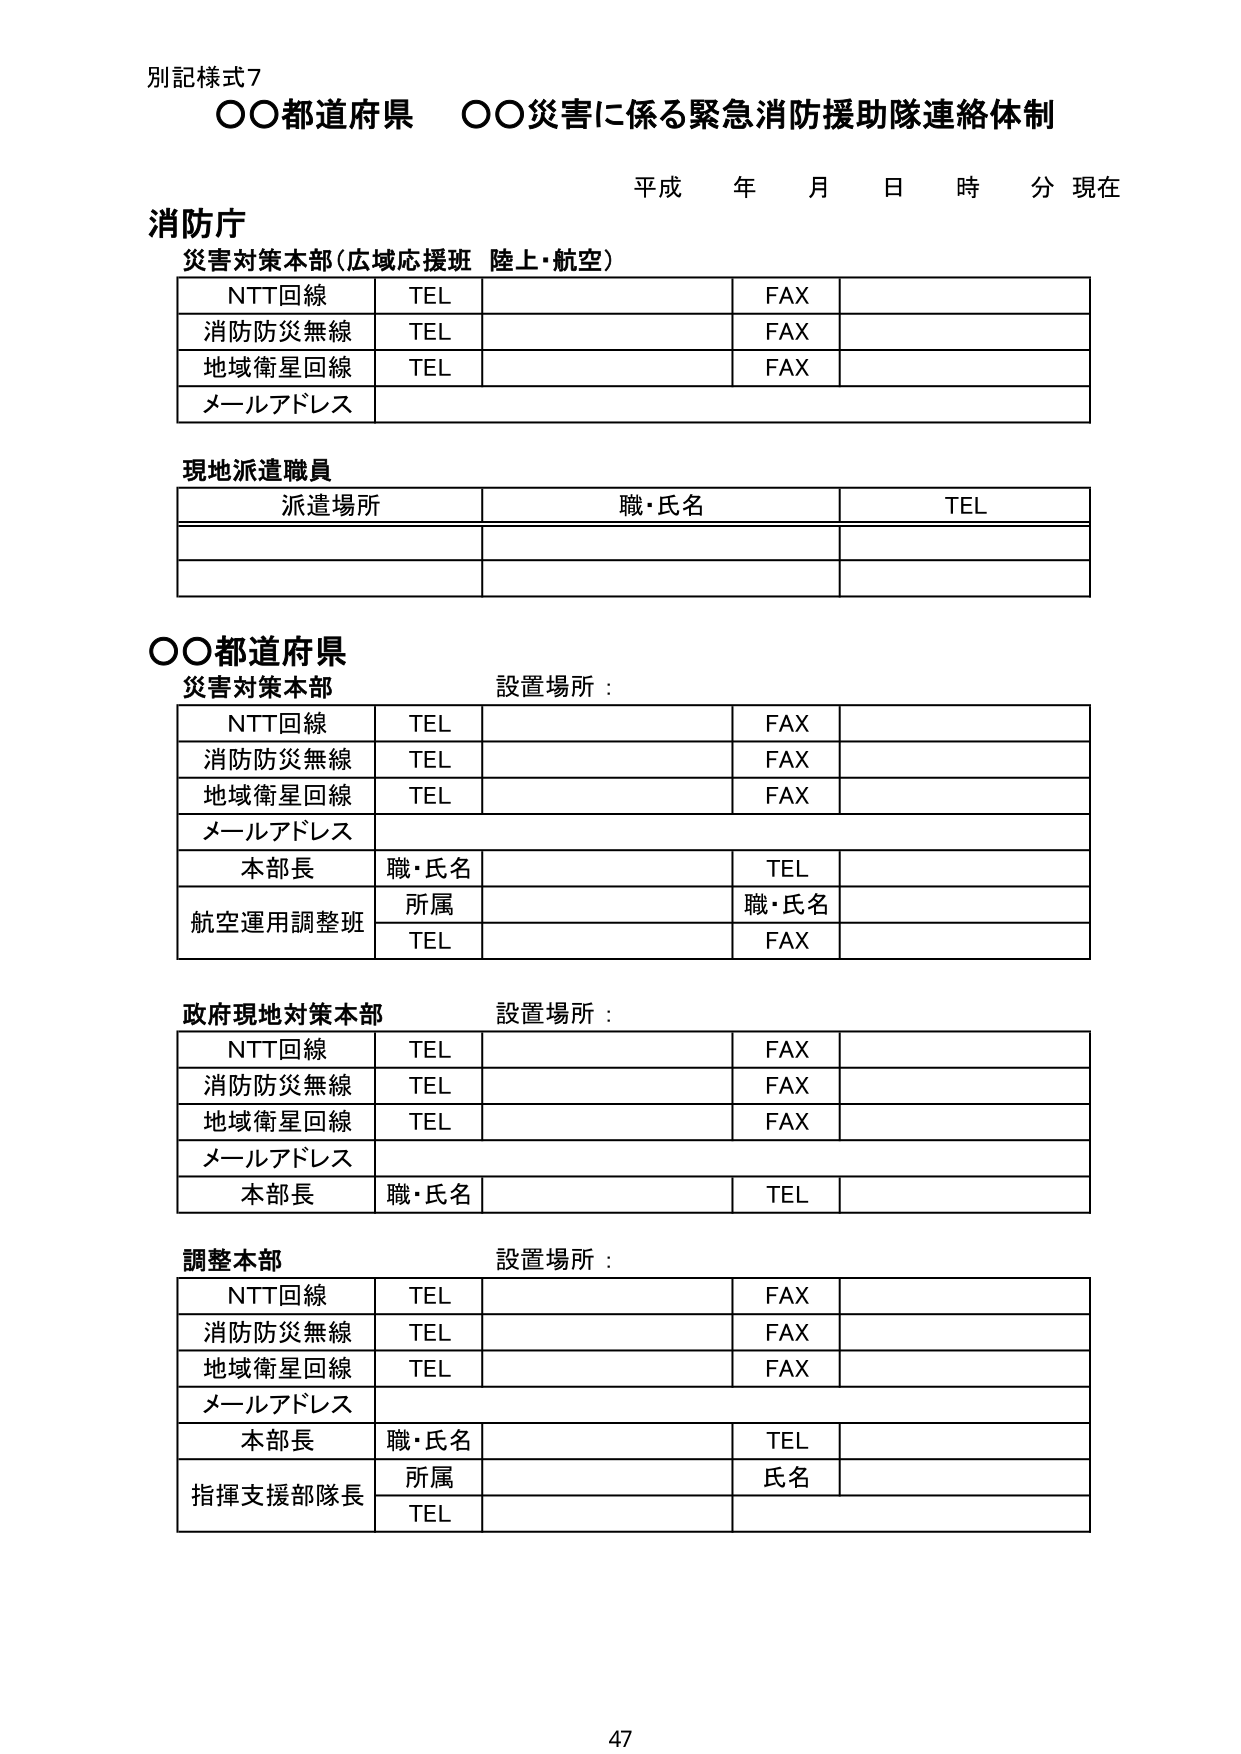
別記様式7
○○都道府県　○○災害に係る緊急消防援助隊連絡体制

平成　年　月　日　時　分　現在

消防庁
災害対策本部（広域応援班　陸上・航空）
NTT回線　TEL　　　　　　　　　FAX
消防防災無線　TEL　　　　　　　FAX
地域衛星回線　TEL　　　　　　　FAX
メールアドレス

現地派遣職員
派遣場所　　　　　　　職・氏名　　　　　　　TEL

○○都道府県
災害対策本部　　　　　設置場所：
NTT回線　TEL　　　　　　　　　FAX
消防防災無線　TEL　　　　　　　FAX
地域衛星回線　TEL　　　　　　　FAX
メールアドレス
本部長　職・氏名　　　　　　　TEL
航空運用調整班　所属　　　　　職・氏名
　　　　　　　TEL　　　　　　　FAX

政府現地対策本部　　　　　設置場所：
NTT回線　TEL　　　　　　　　　FAX
消防防災無線　TEL　　　　　　　FAX
地域衛星回線　TEL　　　　　　　FAX
メールアドレス
本部長　職・氏名　　　　　　　TEL

調整本部　　　　　　　設置場所：
NTT回線　TEL　　　　　　　　　FAX
消防防災無線　TEL　　　　　　　FAX
地域衛星回線　TEL　　　　　　　FAX
メールアドレス
本部長　職・氏名　　　　　　　TEL
指揮支援部隊長　所属　　　　　氏名
　　　　　　　TEL

47